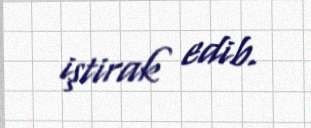
iştirak edib.